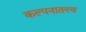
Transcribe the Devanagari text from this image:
कल्पनातत्त्व